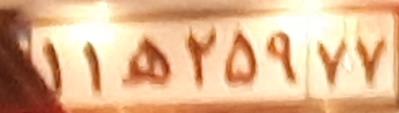
۱۱ه۲۵۹۷۷